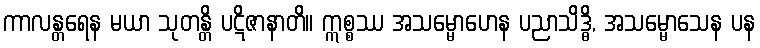
ကာလန္တရေန မယာ သုတန္တိ ပဋိဇာနာတိ။ ဣစ္စဿ အသမ္မောဟေန ပညာသိဒ္ဓိ, အသမ္မောသေန ပန